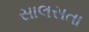
સાલસતા